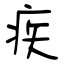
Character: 疾